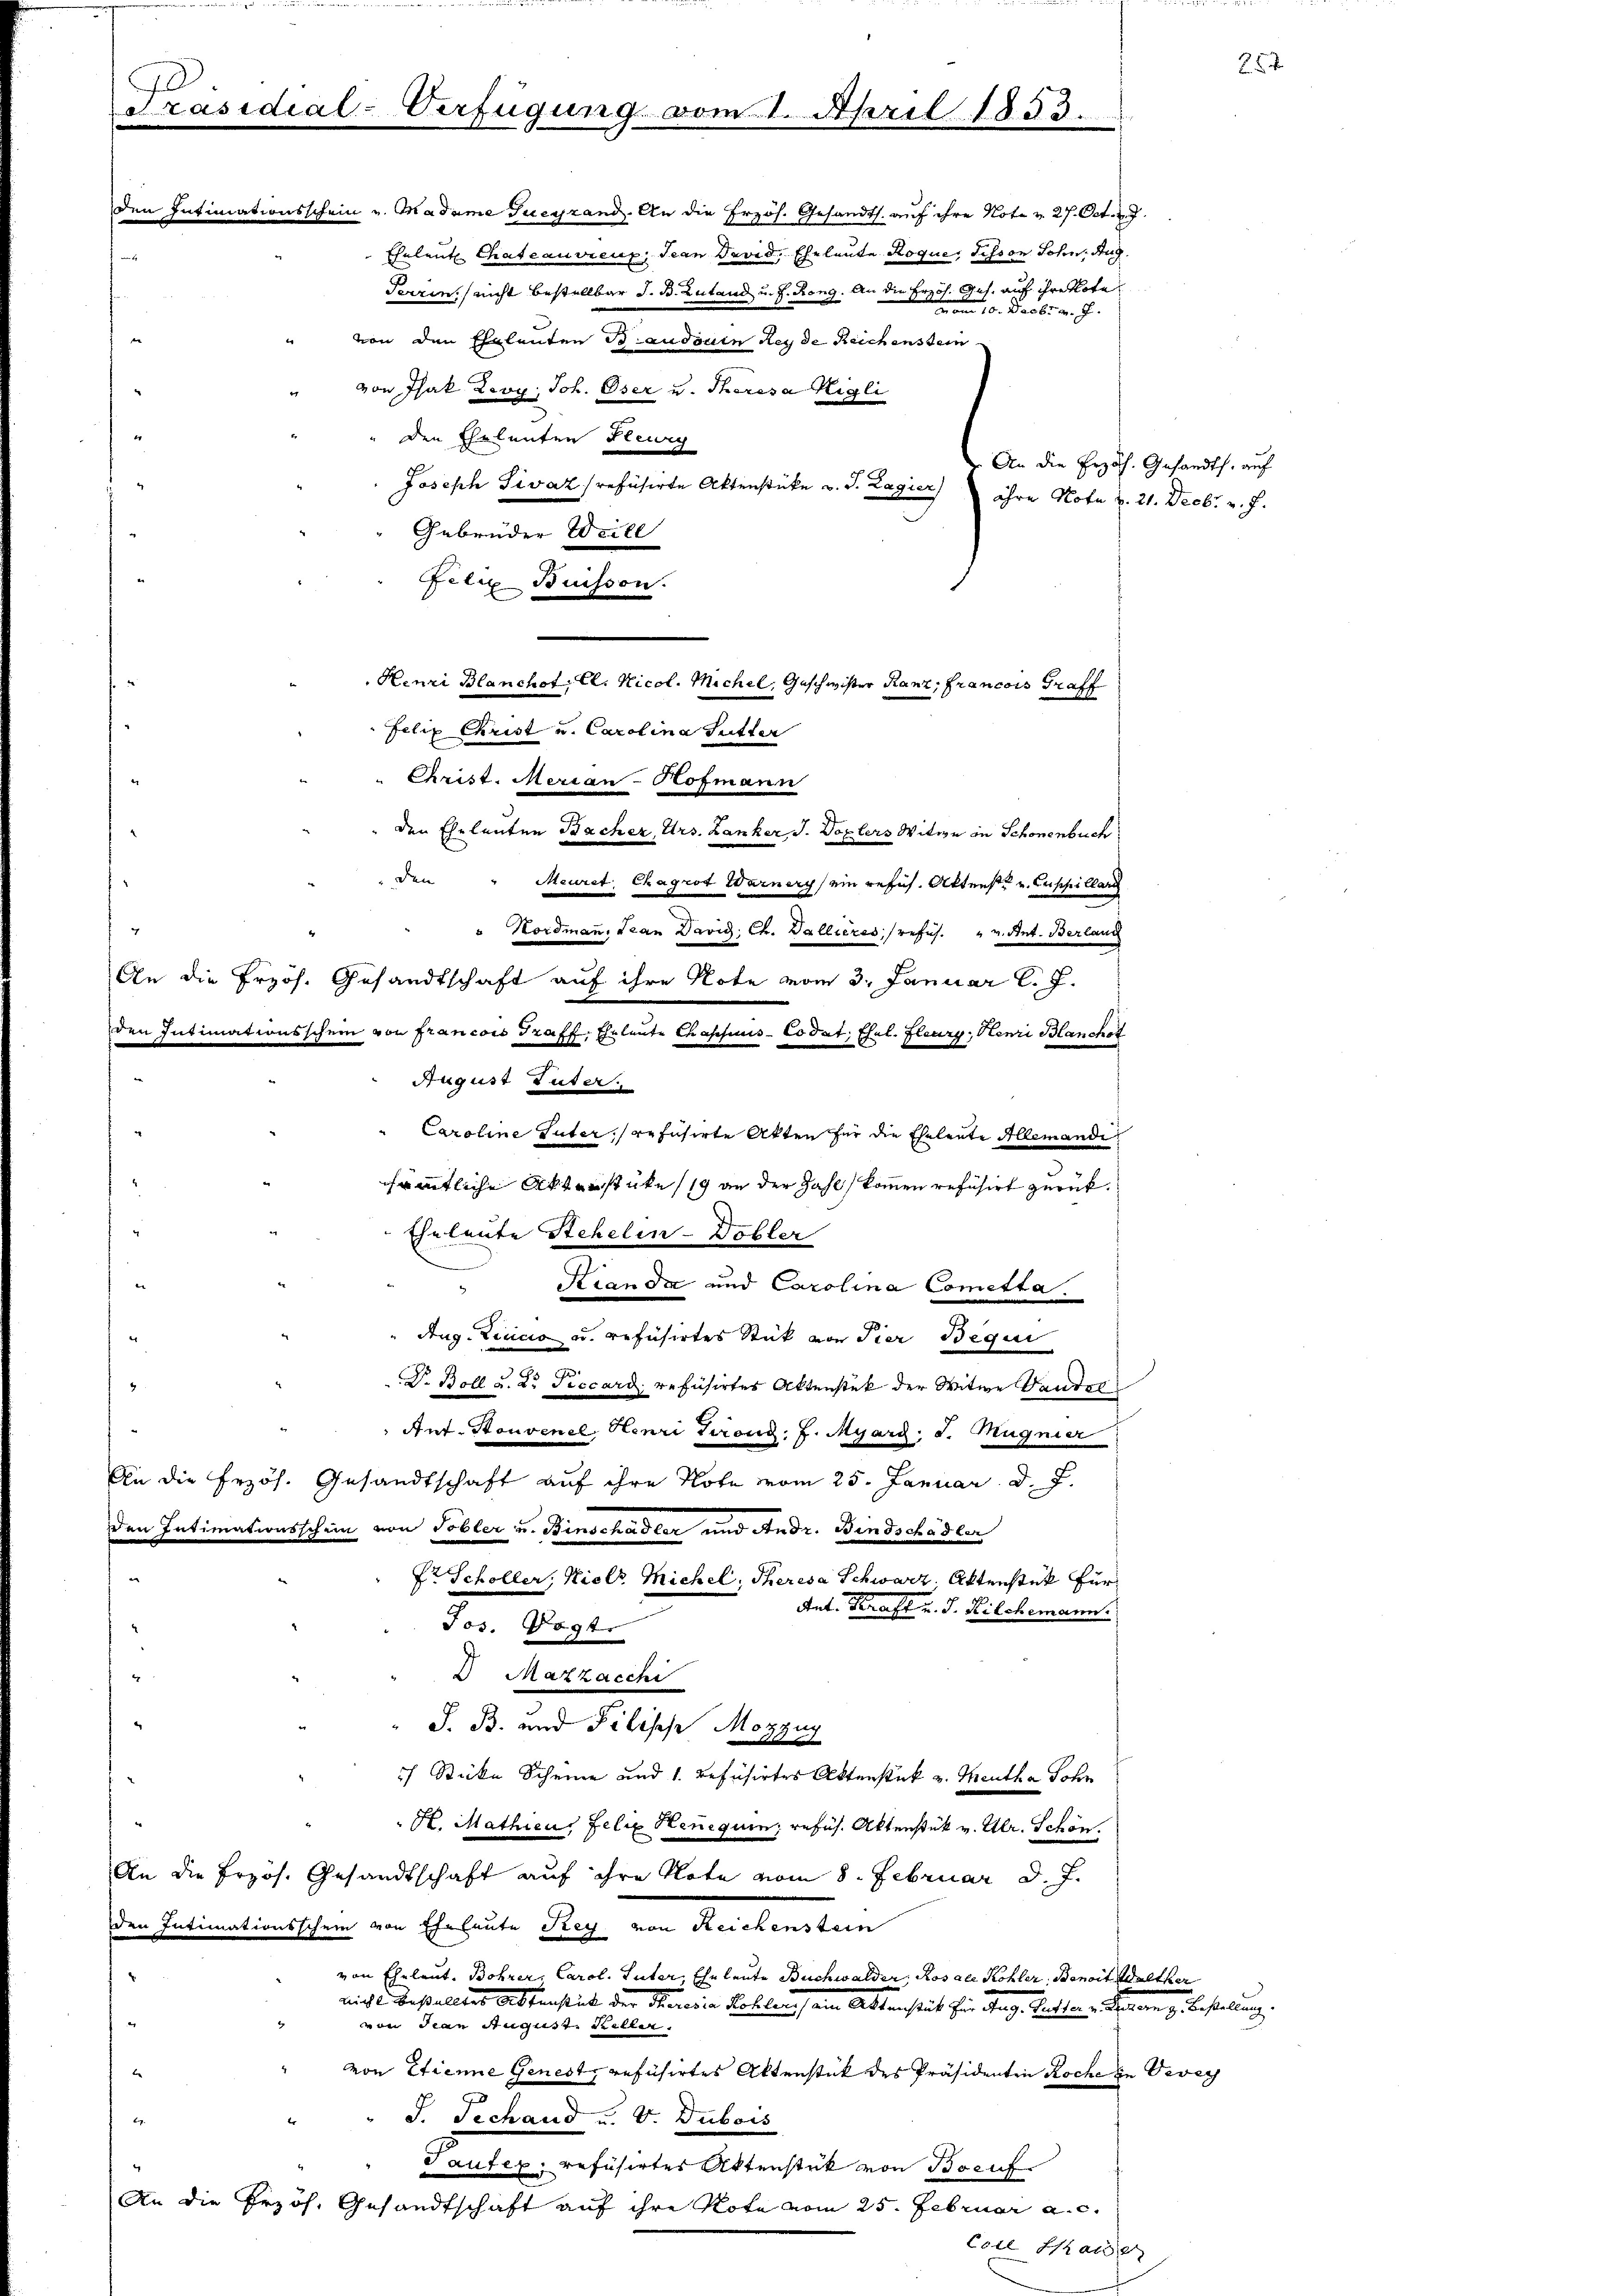
Felix Buisson.
Felix Christ u. Carolina Sutter
Meuret, Chagrot Warner ein refus. Altens u. Zuppillar
Kordmann, Jean David Ct. Gallieres refus Ant. Berlang
August Luter
"Caroline Suter, refusirte Akten für die Eheleute Allemandisämmtliche Akterstüke /19 an der Zahl kommen refusirt zurück¬
Eheleute Stehelin-Dobler
Scanda und Carolina Cometta.
Aug. Einna u. refüsirtes Stück von Pier Begin
Dr. Boll u. Dr. Piccard, refusirtes Aktenstück der Witwe Vaudel
Ant. Souvenel, Henri Verond. J. Myarg. d. Magnier
An die Erzös. Gesandtschaft auf ihre Note vom 25. Januar d. J.
den Intimationsschein von Tobler u. Binschädler und Andr. Bindschädler
Pr Schöller. Hielt Michel, Theresa Schwarz. Aktenstück für
Ant. Kraft v. J. Kilchemann.
Jos. Koste
 Mazzacchi
S. B. und Pilische Mozzug
7 Sticke Scheine und 1. refusirtes Aktenstück v. Mentha Sohn
H. Mathien, Felix Senique, refus. Aktenstük v. Ulr. Schön.
An die Erzös. Gesandtschaft auf ihre Note vom 8. Februar d. J.
den Intimationsschein von Eheleute Sey von Reichenstein
von Eheleut. Bohrer Carol. Inter Eheleute Buchwalder, Rosale Kohler, Benoit Walther
.
nicht bestalltes Aktenstück der Tieresia Kohler) ein Aktenstät für Aug. Winter v. Rom g. Bestellung.
Jean August. Keller.
von Etienne Genest refüsirtes Aktenstück des Präsidenten Roche in Vevey
S. Techand u. V. Dubois
Pauter, refüsirtes Aktenstück von Beruf
An die Erzöh. Gesandtschaft auf ihre Note vom 25. Februar a. c.
Eitl Haus

Präsidial-Verfügung vom 1. April 1853.
den Intimationsschein u. Madame Tueyrand. An die Erzös. Gesandts. auf ihre Note v. 27. Oct. 7.
Eheleute Chateauvieux, Jean David, Eheleute Roque, schon Sohn. Aug
Terzen, nicht bestellbar d. B. Zutand u. s. Rong. An die Erzös. Ges. auf ihre tote
vom 10. Decbr. v. J.
von den Eheleuten Baudouen Reyde Reichenstein
" von Isak Zevy, Joh. Oser u. Theresa Rigli
" den Eheleuten Fleug
 An die Erzoh. Gesandts. auf
Joseph Sivaz refüsirte Aktenstücke v. J. Lagier ihre Nota u. 21. Decbr v. J.
Gebrüder Weill

Christ. Merian-Hofmann
den
An die Przös. Gesandtschaft auf ihre Note vom 3. Januar l. J.
den Intimationsschein von francois Traff, Eheleute Chaschius-Codat, Ehel. Flury, Henri Blanches

Henri Blanchot. Cl. Nicol. Michel, Geschwister Ranz, Francois Graff
den Eheleuten Bacher, Urs. Danker J. Boxlers Witwe in Schönenbuch

25